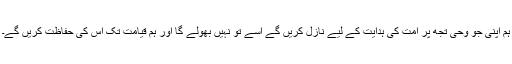
ہم اپنی جو وحی تجھ پر امت کی ہدایت کے لیے نازل کریں گے اسے تُو نہیں بھولے گا اور ہم قیامت تک اس کی حفاظت کریں گے۔